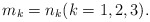
\begin{align*}m_k=n_k (k=1,2,3).\end{align*}